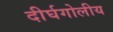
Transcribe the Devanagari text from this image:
दीर्घगोलीय